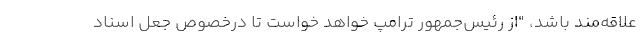
علاقه‌مند باشد، "از رئیس‌جمهور ترامپ خواهد خواست تا درخصوص جعل اسناد